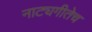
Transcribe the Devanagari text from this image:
नाट्यगीतेच